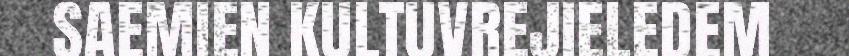
SAEMIEN KULTUVREJIELEDEM